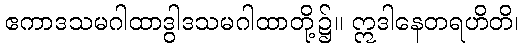
ဧကာဒသမဂါထာဒွါဒသမဂါထာတို့၌။ ဣဒါနေတရဟိတိ၊